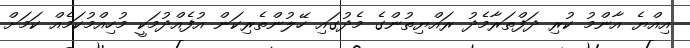
އިއްޔެ އާންމު ކުރި ދަފްތަރާމެދު ރައްޔިތުންގެ މެދުގައި ހޭލުންތެރިކަން އުފެއްދުމަކީ މުހިއްމުކަމެެއް ކަމަށް